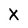
Character: x